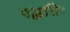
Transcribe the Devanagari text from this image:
पद्धतिः